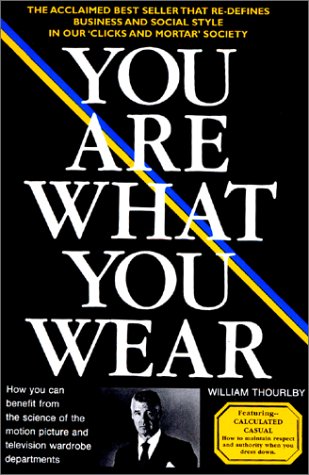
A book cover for You Are What You Wear (Business and casual style in a 'clicks and mortar' world); William Thourlby; Health, Fitness & Dieting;